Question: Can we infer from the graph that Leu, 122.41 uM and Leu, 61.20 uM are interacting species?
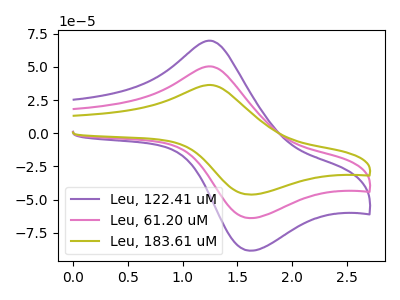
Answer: <think>The purple curve "Leu, 122.41 uM" has an anodic peak at (1.25V, 69.75uA) and a cathodic peak at (1.60V, -88.40uA). The pink curve "Leu, 61.20 uM" has an anodic peak at (1.25V, 50.40uA) and a cathodic peak at (1.60V, -63.85uA). The olive curve "Leu, 183.61 uM" has an anodic peak at (1.25V, 100.75uA) and a cathodic peak at (1.60V, -127.75uA).
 All the peaks in "Leu, 122.41 uM" have a peak in "Leu, 61.20 uM" at the same potential. Every peak in "Leu, 122.41 uM" is higher than every peak in "Leu, 61.20 uM".</think>
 <answer>No, "Leu, 122.41 uM" and "Leu, 61.20 uM" don't appear to be significantly different in shape</answer>
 <eval>no_change</eval>